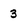
Character: 3